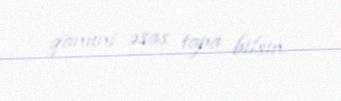
qanuni əsas tapa bilsin.